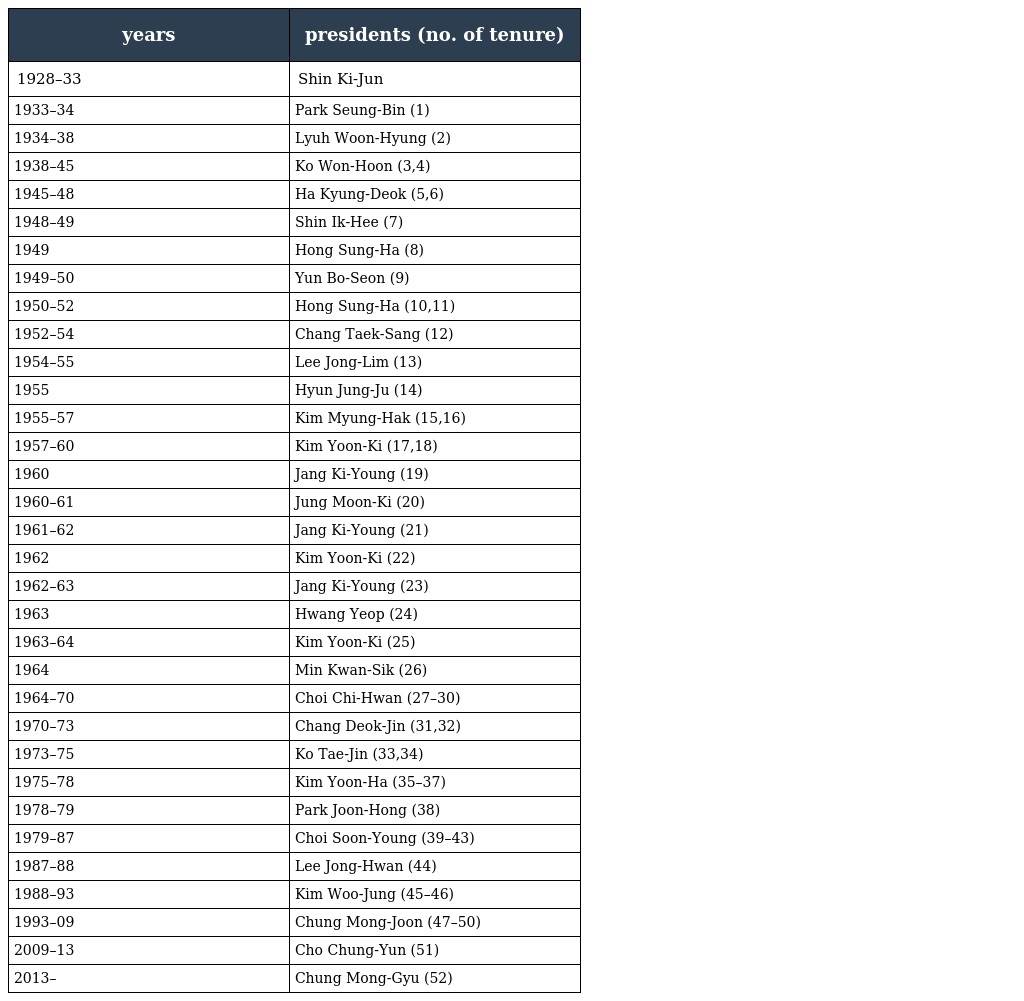
| years | presidents (no. of tenure) |
 | --- | --- |
 | 1928–33 | Shin Ki-Jun |
 | 1933–34 | Park Seung-Bin (1) |
 | 1934–38 | Lyuh Woon-Hyung (2) |
 | 1938–45 | Ko Won-Hoon (3,4) |
 | 1945–48 | Ha Kyung-Deok (5,6) |
 | 1948–49 | Shin Ik-Hee (7) |
 | 1949 | Hong Sung-Ha (8) |
 | 1949–50 | Yun Bo-Seon (9) |
 | 1950–52 | Hong Sung-Ha (10,11) |
 | 1952–54 | Chang Taek-Sang (12) |
 | 1954–55 | Lee Jong-Lim (13) |
 | 1955 | Hyun Jung-Ju (14) |
 | 1955–57 | Kim Myung-Hak (15,16) |
 | 1957–60 | Kim Yoon-Ki (17,18) |
 | 1960 | Jang Ki-Young (19) |
 | 1960–61 | Jung Moon-Ki (20) |
 | 1961–62 | Jang Ki-Young (21) |
 | 1962 | Kim Yoon-Ki (22) |
 | 1962–63 | Jang Ki-Young (23) |
 | 1963 | Hwang Yeop (24) |
 | 1963–64 | Kim Yoon-Ki (25) |
 | 1964 | Min Kwan-Sik (26) |
 | 1964–70 | Choi Chi-Hwan (27–30) |
 | 1970–73 | Chang Deok-Jin (31,32) |
 | 1973–75 | Ko Tae-Jin (33,34) |
 | 1975–78 | Kim Yoon-Ha (35–37) |
 | 1978–79 | Park Joon-Hong (38) |
 | 1979–87 | Choi Soon-Young (39–43) |
 | 1987–88 | Lee Jong-Hwan (44) |
 | 1988–93 | Kim Woo-Jung (45–46) |
 | 1993–09 | Chung Mong-Joon (47–50) |
 | 2009–13 | Cho Chung-Yun (51) |
 | 2013– | Chung Mong-Gyu (52) |